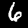
Digit: 6